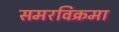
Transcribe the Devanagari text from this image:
समरविक्रमा